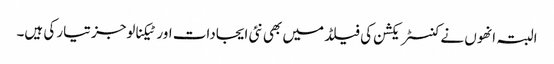
البتہ انھوں نے کنسٹریکشن کی فیلڈ میں بھی نئی ایجادات اور ٹیکنالوجز تیار کی ہیں۔